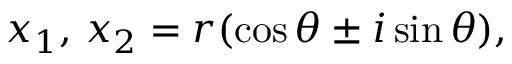
x _ { 1 } , \, x _ { 2 } = r ( \cos \theta \pm i \sin \theta ) ,